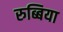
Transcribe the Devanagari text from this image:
रुब्बिया